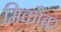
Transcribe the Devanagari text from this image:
मिकौबर